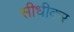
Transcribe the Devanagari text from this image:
सीधीकर